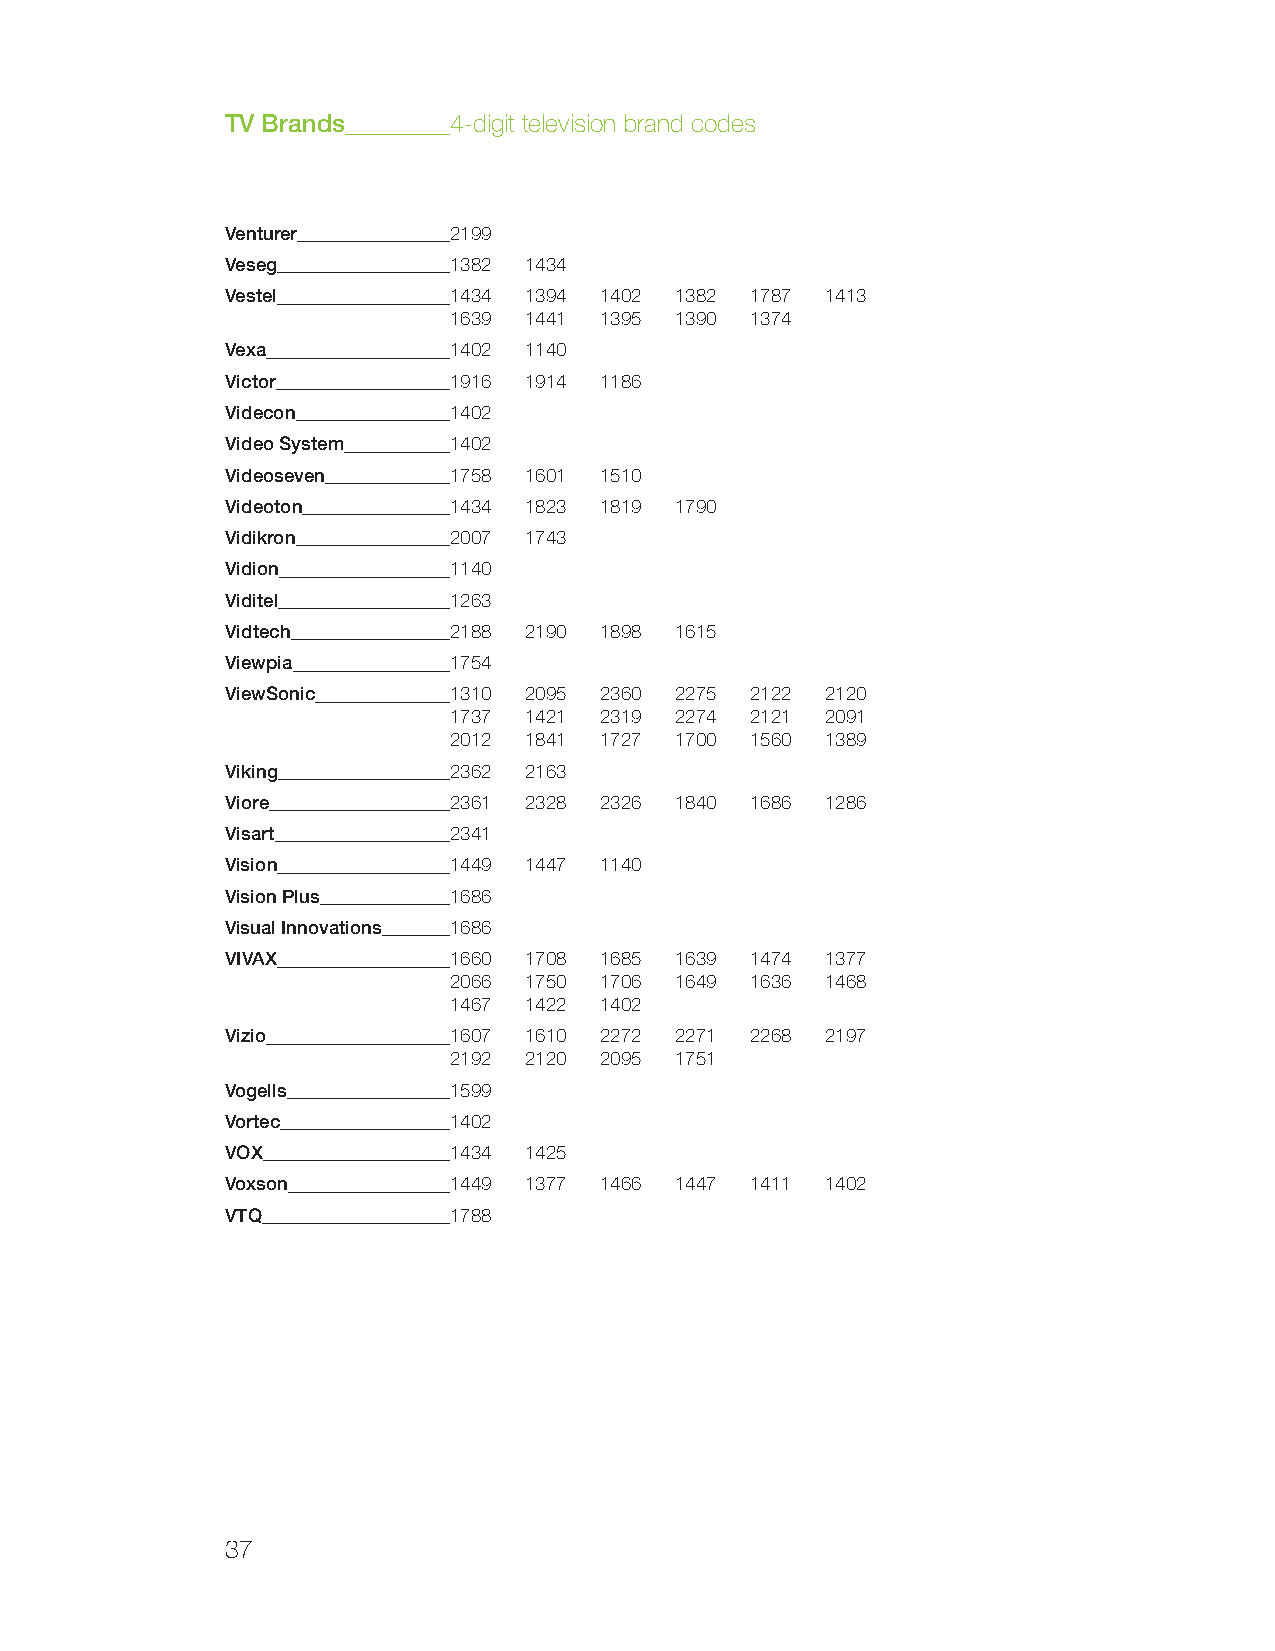
TV Brands      4-digit television brand codes
 Venturer       2199
 Veseg          1382 1434
 Vestel         1434 1394 1402 1382 1787 1413
 1639 1441 1395 1390 1374
 Vexa           1402 1140
 Victor         1916 1914 1186
 Videcon        1402
 Video System   1402
 Videoseven     1758 1601 1510
 Videoton       1434 1823 1819 1790
 Vidikron       2007 1743
 Vidion         1140
 Viditel        1263
 Vidtech        2188 2190 1898 1615
 Viewpia        1754
 ViewSonic      1310 2095 2360 2275 2122 2120
 1737 1421 2319 2274 2121 2091
 2012 1841 1727 1700 1560 1389
 Viking         2362 2163
 Viore          2361 2328 2326 1840 1686 1286
 Visart         2341
 Vision         1449 1447 1140
 Vision Plus    1686
 Visual Innovations 1686
 VIVAX          1660 1708 1685 1639 1474 1377
 2066 1750 1706 1649 1636 1468
 1467 1422 1402
 Vizio          1607 1610 2272 2271 2268 2197
 2192 2120 2095 1751
 Vogells        1599
 Vortec         1402
 VOX            1434 1425
 Voxson         1449 1377 1466 1447 1411 1402
 VTQ            1788
 37